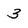
Character: 3